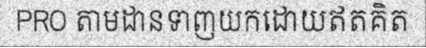
PRO តាមដានទាញយកដោយឥតគិត